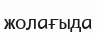
жолағыда